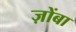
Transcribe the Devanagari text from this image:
ज़ोंबा